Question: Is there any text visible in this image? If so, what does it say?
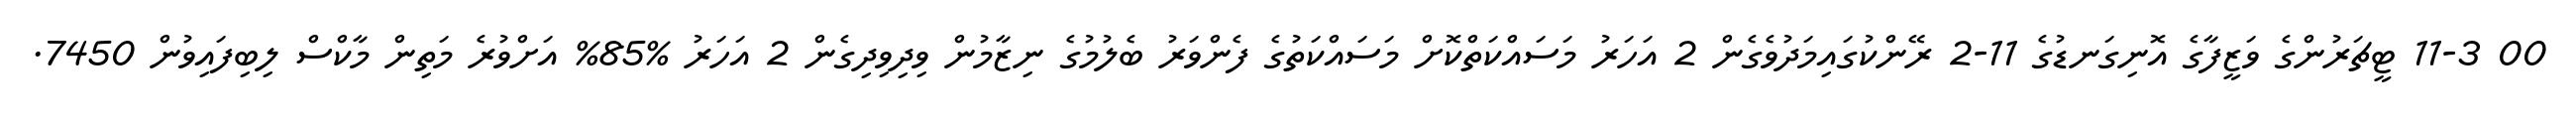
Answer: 00 11-3 ޓީޗަރުންގެ ވަޒީފާގެ އޮނިގަނޑުގެ 11-2 ރޭންކުގައިމަދުވެގެން 2 އަހަރު މަސައްކަތްކޮށް މަސައްކަތުގެ ފެންވަރު ބެލުމުގެ ނިޒާމުން ވިދިވިދިގެން 2 އަހަރު %85% އަށްވުރެ މަތިން މާކްސް ލިބިފައިވުން 7450.